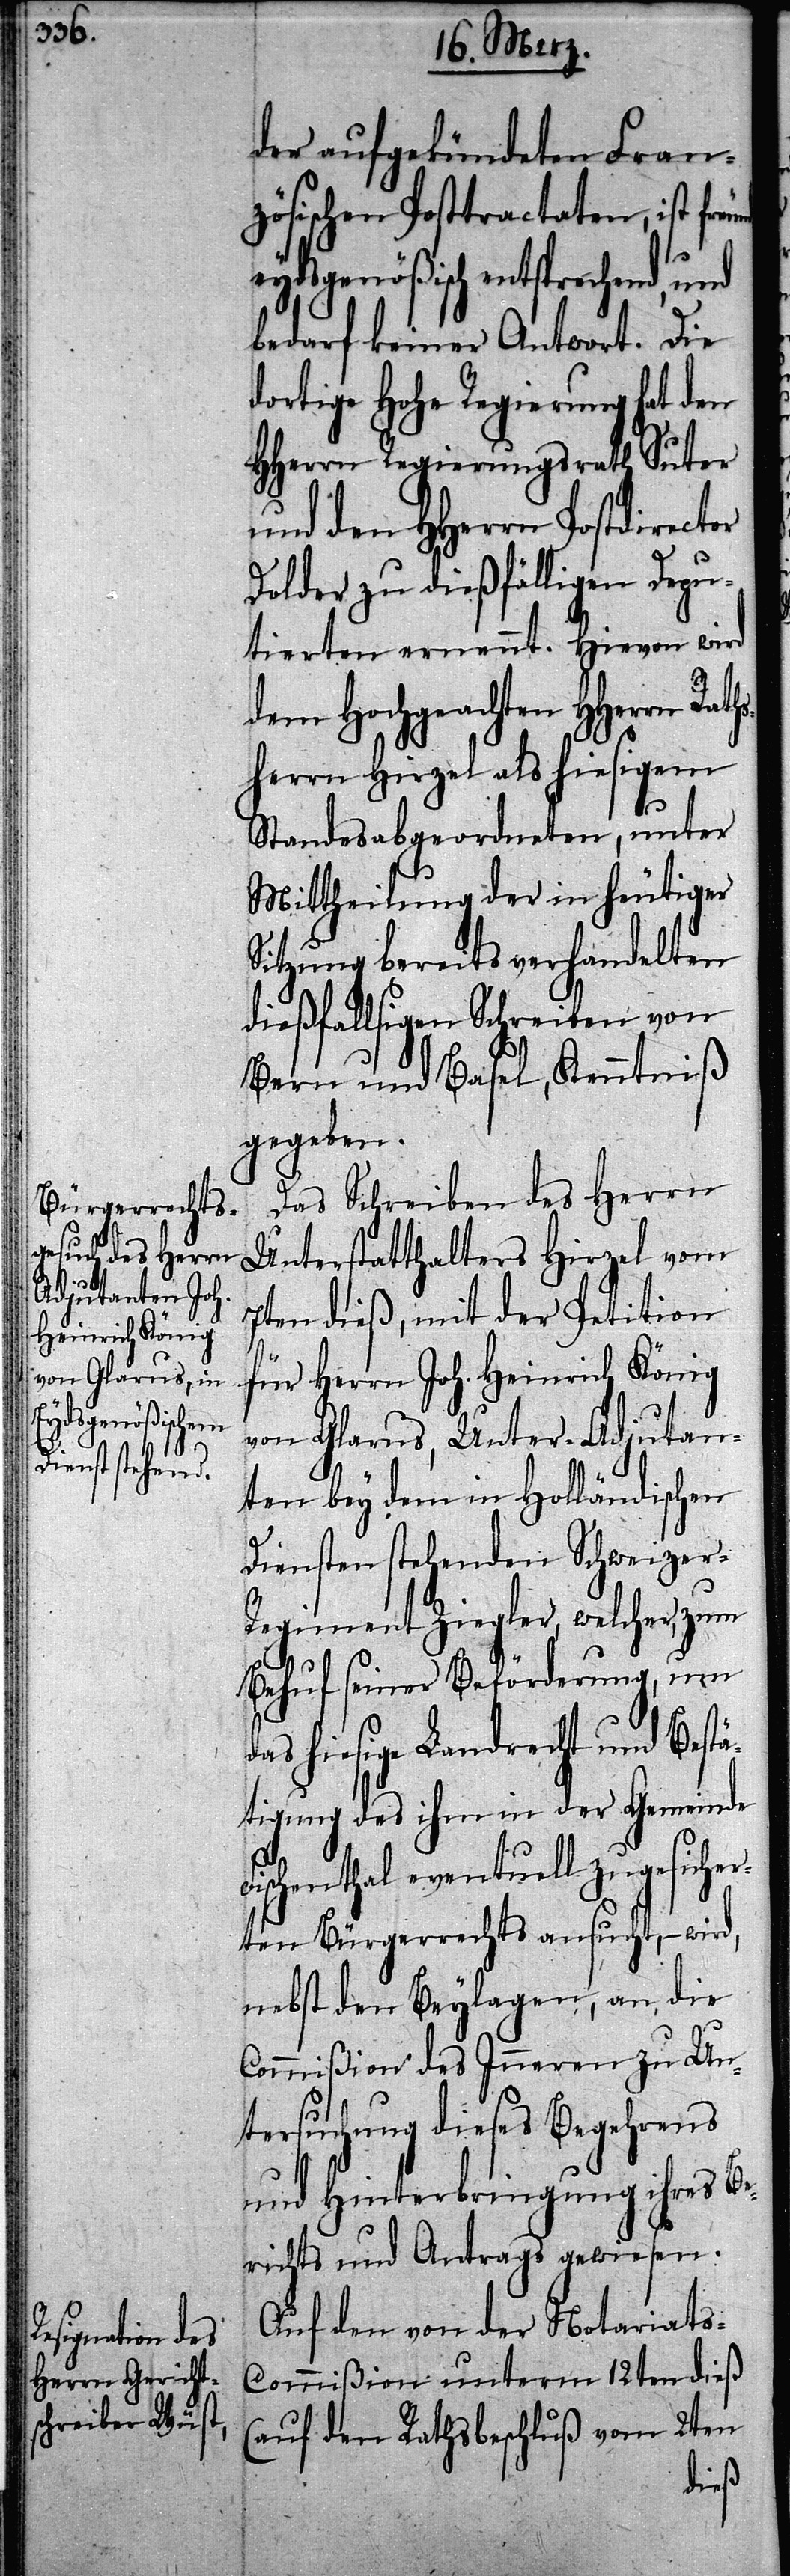
der aufgekündeten Fran¬
zösischen Posttractaten, ist fre¬
deydsgenößisch entsprechend, und
bedarf keiner Antwort. Die
dortige Hohe Regierung hat den
HHerrn Regierungsrath Suter
und den HHerrn Postdirector
Dolder zu dießfälligen Depu¬
tierten ernennt. Hievon wird
dem Hochgeachten HHerrn Rat¬
sherrn Hirzel als hiesigem
Standesabgeordneten, unter
Mittheilung der in heutiger
Sitzung bereits verhandelten
dießfallsigen Schreiben von
Bern und Basel, Kenntniß
gegeben.
Das Schreiben des Herrn
Unterstatthalter Hirzel vom
7ten dieß, mit der Petition
für Herrn Joh. Heinrich König
von Glarus, Unter-Adjutan¬
ten bey dem in Holländischen
Diensten stehenden Schweizer-R¬
egiment Ziegler, welcher, zum
Behuf seiner Beförderung, um
das hiesige Landrecht und Bestä¬
tigung des ihm in der Gemeinde
F¬
ischenthal eventuell zugesicher¬
ten Bürgerrechts ansucht, – wird,
nebst den Beylagen, an die
Commißion des Inneren zu Un¬
tersuchung dieses Begehrens
und Hinterbringung ihres Be¬
richts und Antrags gewiesen.
Auf den von der Notariat¬
s-Commißion unterm 12ten dieß
(auf den Rathsbeschluß vom 2ten